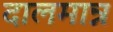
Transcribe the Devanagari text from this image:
दालमान्न